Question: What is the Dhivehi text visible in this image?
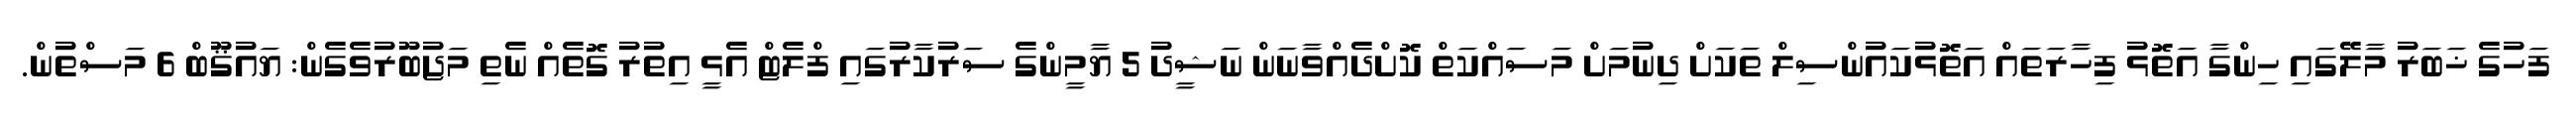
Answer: ފަހުގެ ޚަބަރު މާލޭގައި ހިންގާ އަތޮޅު ފިހާރަތައް އަތޮޅުކައުންސިލް ތަކަށް ދިނުމަށް މަސައްކަތް ކޮށްދެއްވާނަން ނަޝީދު 5 ޔާމީންގެ ސަރުކާރުގައި ފްލެޓް އެޅީ އިތުރު ގޮތެއް ނެތި މަޖުބޫރުވެގެން: ޔައުޤޫބް 6 މަސްތުން.